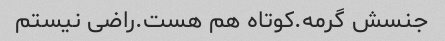
جنسش گرمه.کوتاه هم هست.راضی نیستم